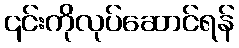
၎င်းကိုလုပ်ဆောင်ရန်